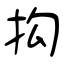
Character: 抅